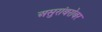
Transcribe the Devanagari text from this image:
असुरांबरोबर